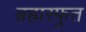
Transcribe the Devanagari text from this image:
ब्रह्मस्फुत